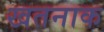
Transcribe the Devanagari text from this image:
खतनाक